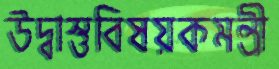
উদ্বাস্তুবিষয়কমন্ত্রী